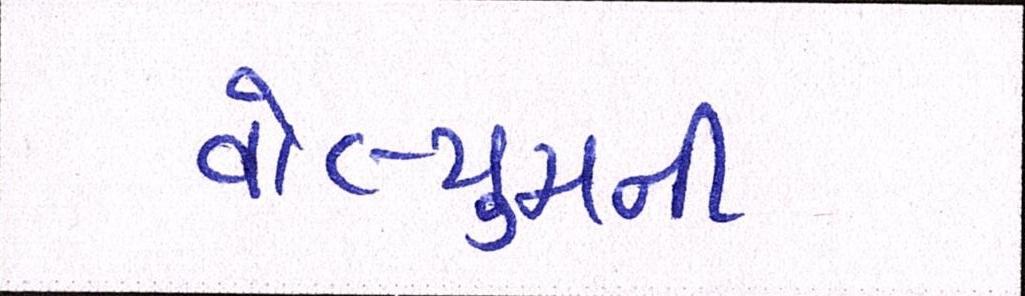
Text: વોલ્યુમની